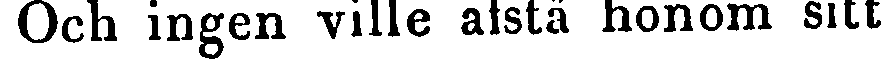
Och ingen ville afstå honom sitt.